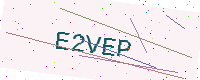
Text: E2VEP